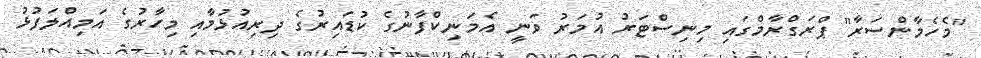
"މެހެމާންސަރާ" ޕްރަގްރާމްގައި މިނިސްޓަރު އުމަރު ވަނީ އެމަނިކްފާނުގެ ކުޑައިރުގެ ދިރިއުޅުމާއި މިހާރުގެ އަމިއްލަފުޅު